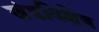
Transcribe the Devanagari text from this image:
खंडविशेष